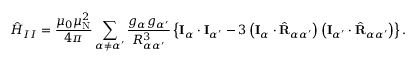
{ \hat { H } } _ { I I } = { \frac { \mu _ { 0 } \mu _ { \mathrm { N } } ^ { 2 } } { 4 \pi } } \sum _ { \alpha \neq \alpha ^ { \prime } } { \frac { g _ { \alpha } g _ { \alpha ^ { \prime } } } { R _ { \alpha \alpha ^ { \prime } } ^ { 3 } } } \left\{ \mathbf { I } _ { \alpha } \cdot \mathbf { I } _ { \alpha ^ { \prime } } - 3 \left( \mathbf { I } _ { \alpha } \cdot { \hat { \mathbf { R } } } _ { \alpha \alpha ^ { \prime } } \right) \left( \mathbf { I } _ { \alpha ^ { \prime } } \cdot { \hat { \mathbf { R } } } _ { \alpha \alpha ^ { \prime } } \right) \right\} .